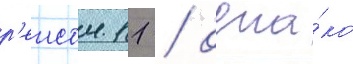
р'еисом 11 / одна́ко